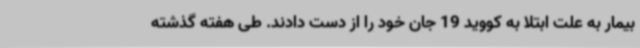
بیمار به علت ابتلا به کووید 19 جان خود را از دست دادند. طی هفته گذشته